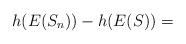
LaTeX: \begin{align*}h(E(S_n))-h(E(S))=\end{align*}